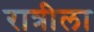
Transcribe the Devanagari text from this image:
रात्रीला